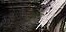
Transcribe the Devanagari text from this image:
नीलगर